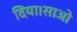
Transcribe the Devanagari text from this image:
दिया।साओ